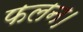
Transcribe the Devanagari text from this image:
फलन।